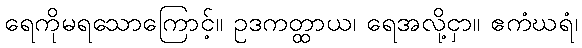
ရေကိုမရသောကြောင့်။ ဥဒကတ္ထာယ၊ ရေအလို့ငှာ။ ဧကံဃရံ၊